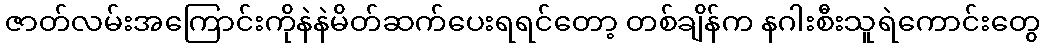
ဇာတ်လမ်းအကြောင်းကိုနဲနဲမိတ်ဆက်ပေးရရင်တော့ တစ်ချိန်က နဂါးစီးသူရဲကောင်းတွေ